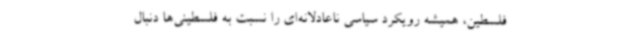
فلسطین، همیشه رویکرد سیاسی ناعادلانه‌ای را نسبت به فلسطینی‌ها دنبال